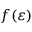
f ( \varepsilon )